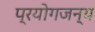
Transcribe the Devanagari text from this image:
प्रयोगजन्य